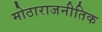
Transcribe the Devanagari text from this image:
मोठाराजनीतिक